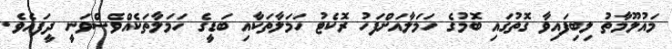
މައުލޫމާތު ލިބިފައިވާ ގޮތުގައި ބޮމުގެ ހަމަލާއަށްފަހު ރޮކެޓު ހަމަލާތަކާއި ބަޑީގެ ހަމަލާތަކެއްވެސްވަނީ ދީފައެވެ.